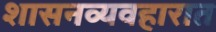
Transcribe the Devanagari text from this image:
शासनव्यवहारात